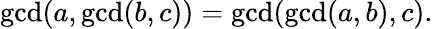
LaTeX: \operatorname*{gcd}(a,\operatorname*{gcd}(b,c))=\operatorname*{gcd}(\operatorname*{gcd}(a,b),c).